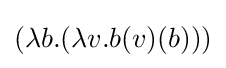
(\lambda b.(\lambda v.b(v)(b)))